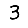
Digit: 3